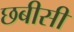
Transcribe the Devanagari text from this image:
छबीसी